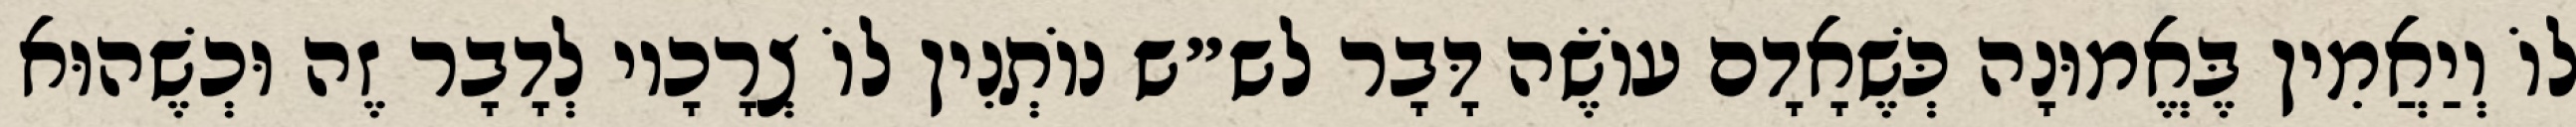
לוֹ וְיַאֲמִין בֶּאֱמוּנָה כְּשֶׁאָדָם עוֹשֶׂה דָּבָר לש״ש נוֹתְנִין לוֹ צְרָכָיו לְדָבָר זֶה וּכְשֶׁהוּא